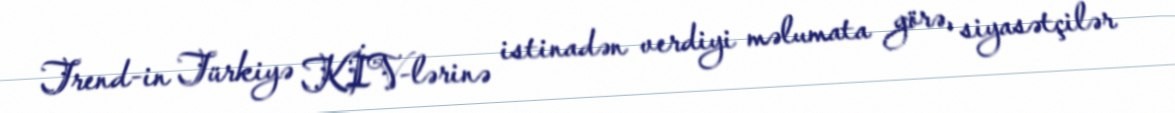
Trend-in Türkiyə KİV-lərinə istinadən verdiyi məlumata görə, siyasətçilər